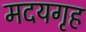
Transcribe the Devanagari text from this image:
मदयगृह